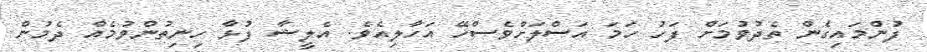
ފުންމައިގެން ތެދުވުމަށް ފަހު ހަމަ އަސްލަށްވެސްހޭ އަހާލިއެވެ. އެލީޝާ ފުޅާ ހިނިތުންވުމެއް ދެމުން